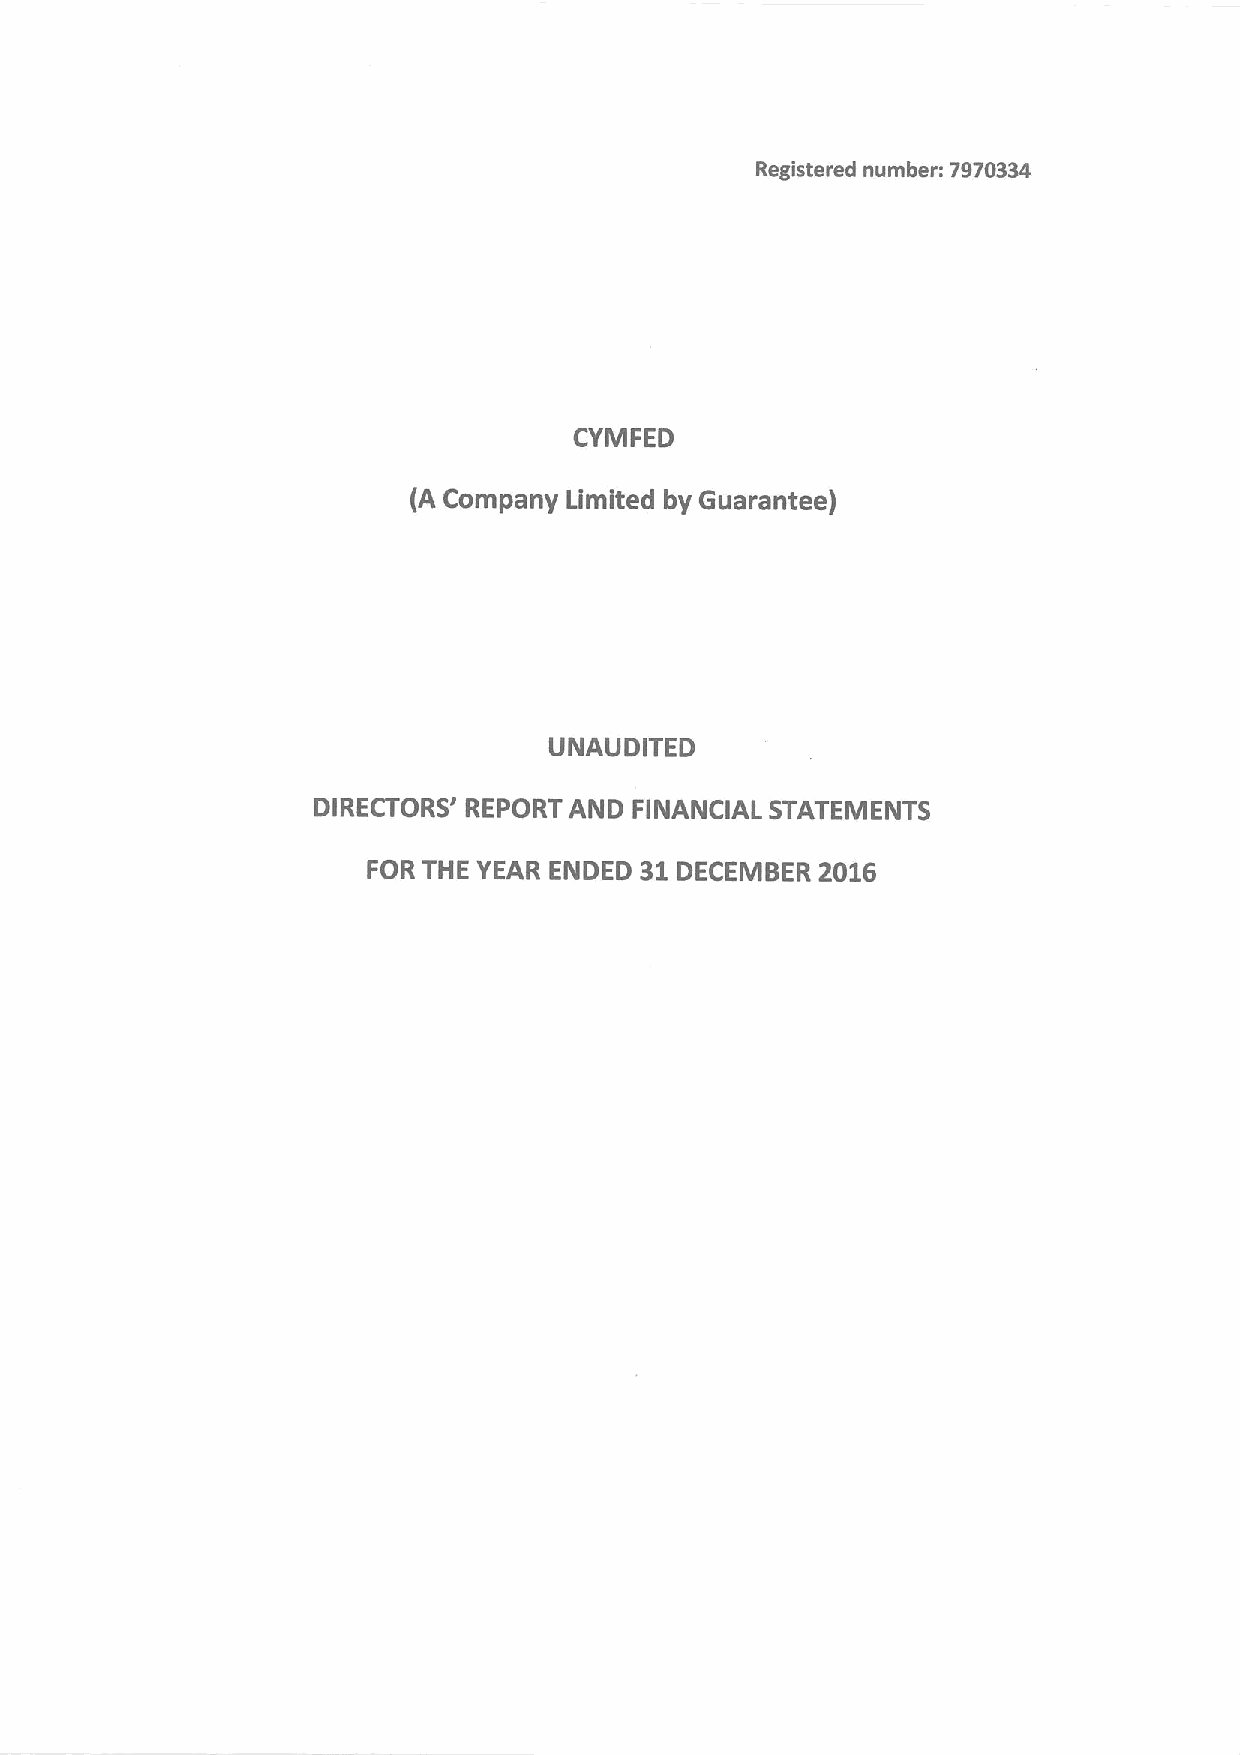
Registered number: 7970334
 CYMFED
 (A Company Limited by Guarantee)
 UNAUDITED
 DIRECTORS' REPORT AND FINANCIAL STATEMENTS
 FOR THE YEAR ENDED 31DECEMBER 2016